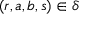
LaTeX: ( r , a , b , s ) \in \delta